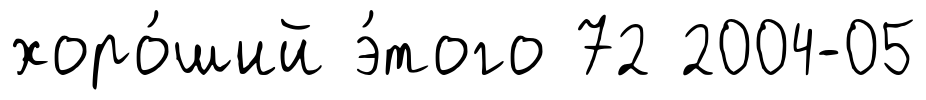
хоро́ший э́того 72 2004-05